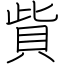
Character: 貲